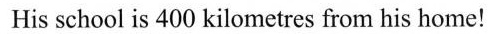
His school is 400 kilometres from his home!